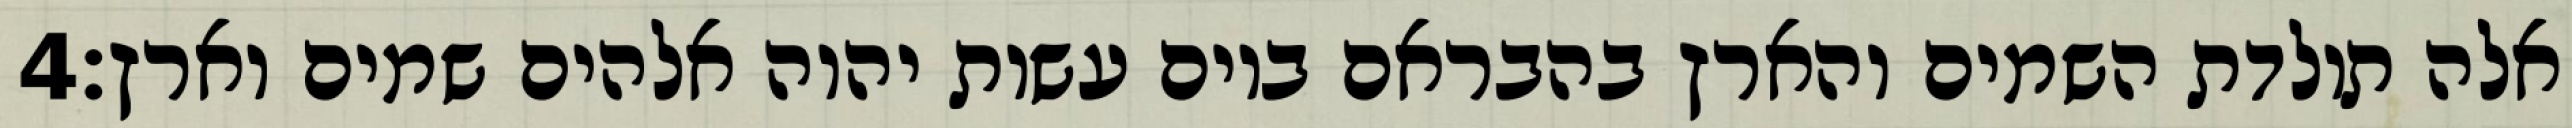
‎4‏ אלה תולדת השמים והארץ בהבראם ביום עשות יהוה אלהים שמים וארץ׃